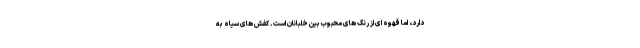
دارد، اما قهوه ای از رنگ های محبوب بین خلبانان است. کفش های سیاه به